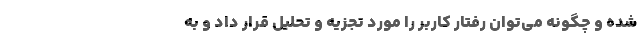
شده و چگونه می‌توان رفتار کاربر را مورد تجزیه و تحلیل قرار داد و به